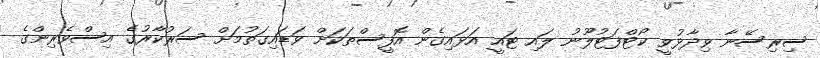
ސިރިސޭނާ ވިދާޅުވީ ކޯޓްފަޓުލޫނު ލައި ޓައީ އަޅައިގެން އޮފީސްތަކަށް ވަޑައިގަތުމަށް ސަރުކާރުގެ އިސްވެރިންގެ